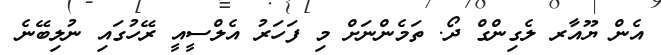
އެން ޔޫއާރ ލެގިންގް ދޯ. ތަމެންނަށް މި ފަހަރު އެލްސީއީ ރޭހުގައި ނުލިބޭނެ